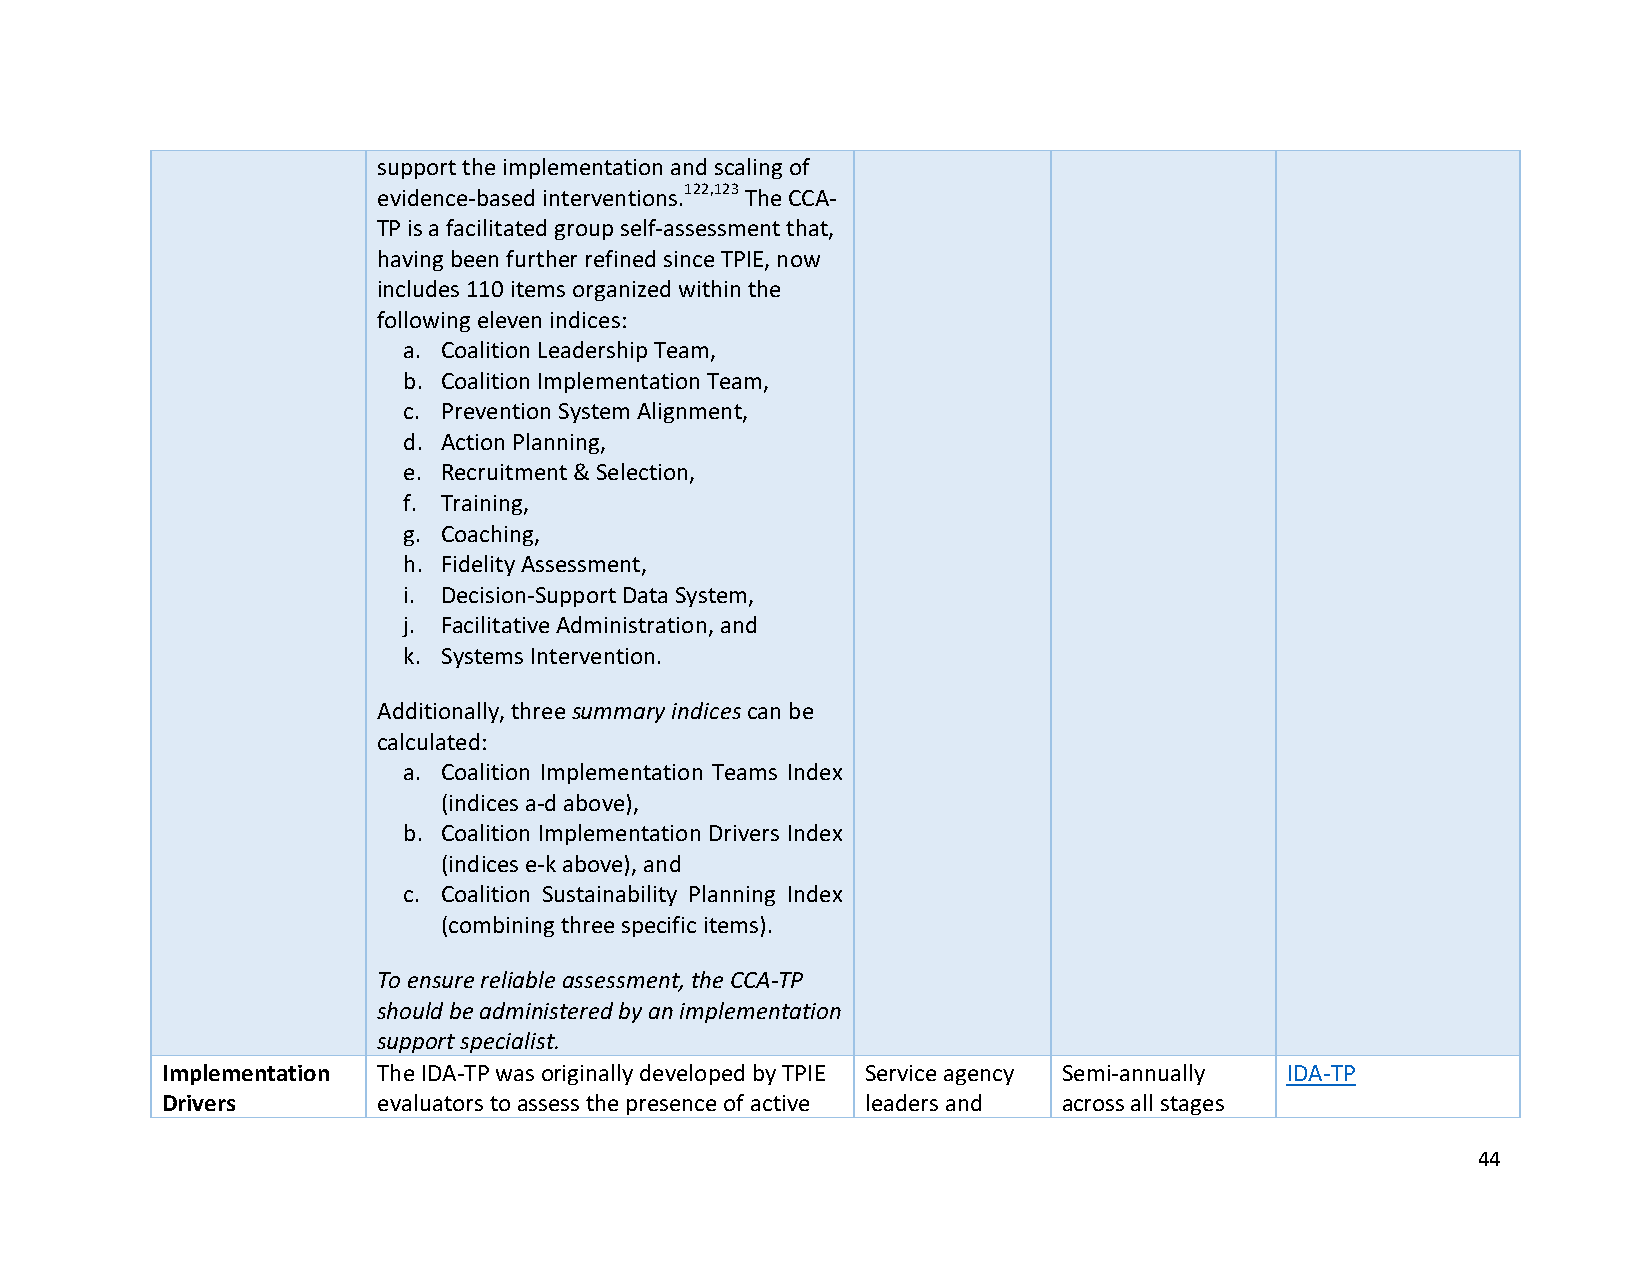
support the implementation and scaling of
 evidence-based interventions.122,123 The CCA-
 TP is a facilitated group self-assessment that,
 having been further refined since TPIE, now
 includes 110 items organized within the
 following eleven indices:
 a. Coalition Leadership Team,
 b. Coalition Implementation Team,
 c. Prevention System Alignment,
 d. Action Planning,
 e. Recruitment & Selection,
 f. Training,
 g. Coaching,
 h. Fidelity Assessment,
 i. Decision-Support Data System,
 j. Facilitative Administration, and
 k. Systems Intervention.
 Additionally, three summary indices can be
 calculated:
 a. Coalition Implementation Teams Index
 (indices a-d above),
 b. Coalition Implementation Drivers Index
 (indices e-k above), and
 c. Coalition Sustainability Planning Index
 (combining three specific items).
 To ensure reliable assessment, the CCA-TP
 should be administered by an implementation
 support specialist.
 Implementation The IDA-TP was originally developed by TPIE Service agency Semi-annually IDA-TP
 Drivers       evaluators to assess the presence of active leaders and across all stages
 44